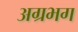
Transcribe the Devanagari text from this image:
अग्रभग